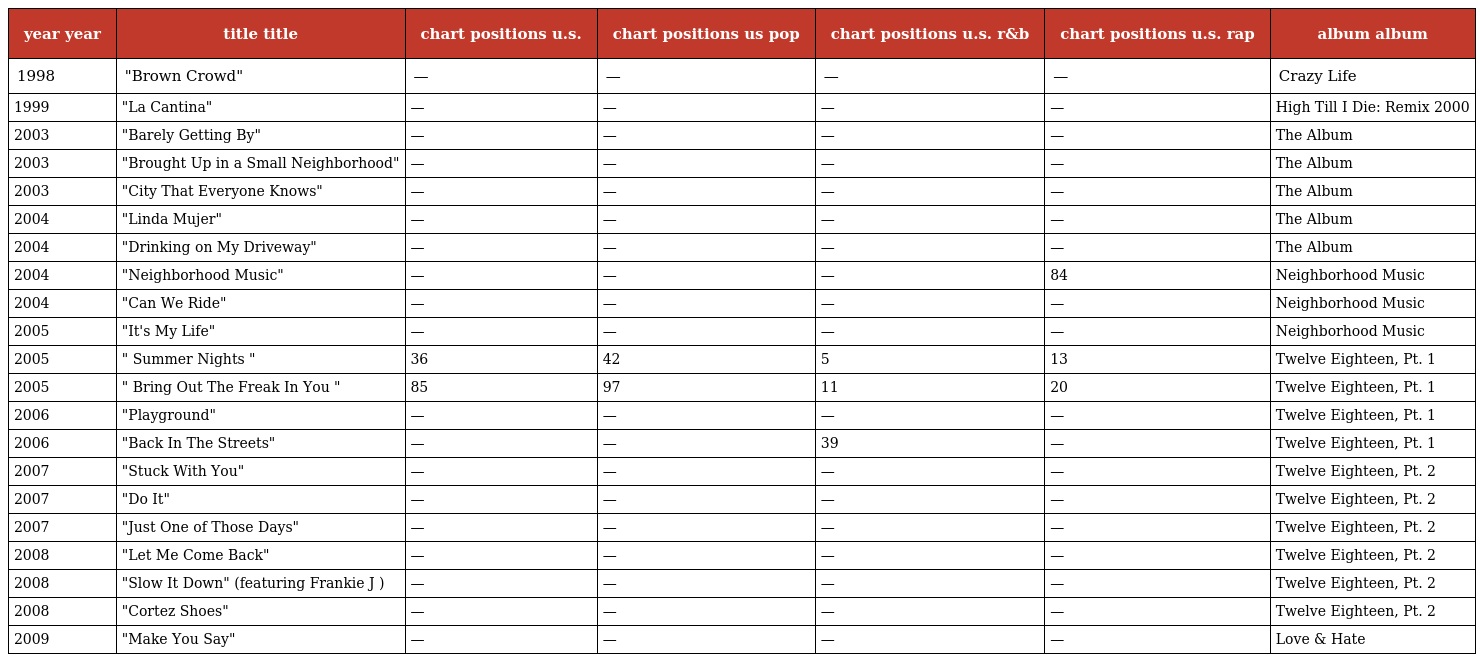
| year year | title title | chart positions u.s. | chart positions us pop | chart positions u.s. r&b | chart positions u.s. rap | album album |
 | --- | --- | --- | --- | --- | --- | --- |
 | 1998 | "Brown Crowd" | — | — | — | — | Crazy Life |
 | 1999 | "La Cantina" | — | — | — | — | High Till I Die: Remix 2000 |
 | 2003 | "Barely Getting By" | — | — | — | — | The Album |
 | 2003 | "Brought Up in a Small Neighborhood" | — | — | — | — | The Album |
 | 2003 | "City That Everyone Knows" | — | — | — | — | The Album |
 | 2004 | "Linda Mujer" | — | — | — | — | The Album |
 | 2004 | "Drinking on My Driveway" | — | — | — | — | The Album |
 | 2004 | "Neighborhood Music" | — | — | — | 84 | Neighborhood Music |
 | 2004 | "Can We Ride" | — | — | — | — | Neighborhood Music |
 | 2005 | "It's My Life" | — | — | — | — | Neighborhood Music |
 | 2005 | " Summer Nights " | 36 | 42 | 5 | 13 | Twelve Eighteen, Pt. 1 |
 | 2005 | " Bring Out The Freak In You " | 85 | 97 | 11 | 20 | Twelve Eighteen, Pt. 1 |
 | 2006 | "Playground" | — | — | — | — | Twelve Eighteen, Pt. 1 |
 | 2006 | "Back In The Streets" | — | — | 39 | — | Twelve Eighteen, Pt. 1 |
 | 2007 | "Stuck With You" | — | — | — | — | Twelve Eighteen, Pt. 2 |
 | 2007 | "Do It" | — | — | — | — | Twelve Eighteen, Pt. 2 |
 | 2007 | "Just One of Those Days" | — | — | — | — | Twelve Eighteen, Pt. 2 |
 | 2008 | "Let Me Come Back" | — | — | — | — | Twelve Eighteen, Pt. 2 |
 | 2008 | "Slow It Down" (featuring Frankie J ) | — | — | — | — | Twelve Eighteen, Pt. 2 |
 | 2008 | "Cortez Shoes" | — | — | — | — | Twelve Eighteen, Pt. 2 |
 | 2009 | "Make You Say" | — | — | — | — | Love & Hate |